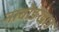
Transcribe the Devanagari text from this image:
नाबोङखाउ